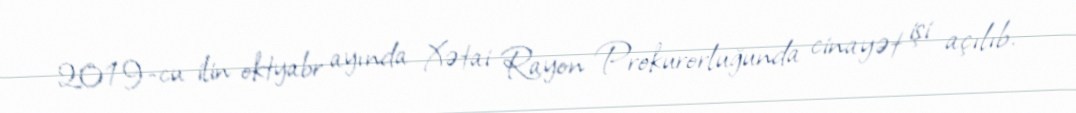
2019-cu ilin oktyabr ayında Xətai Rayon Prokurorluğunda cinayət işi açılıb.